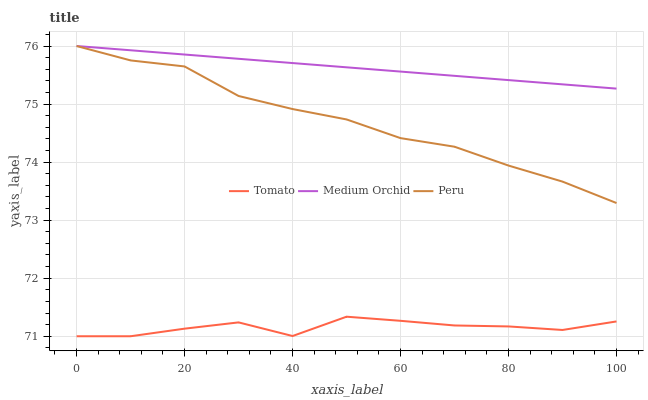
| xaxis_label | Tomato | Medium Orchid | Peru |
 | --- | --- | --- | --- |
 | 0 | 71 | 76 | 76 |
 | 10 | 71 | 75.9 | 75.8 |
 | 20 | 71.1 | 75.9 | 75.6 |
 | 30 | 71.2 | 75.8 | 75.1 |
 | 40 | 71 | 75.7 | 74.9 |
 | 50 | 71.3 | 75.6 | 74.7 |
 | 60 | 71.3 | 75.6 | 74.4 |
 | 70 | 71.2 | 75.5 | 74.3 |
 | 80 | 71.2 | 75.4 | 73.9 |
 | 90 | 71.1 | 75.3 | 73.7 |
 | 100 | 71.3 | 75.3 | 73.3 |